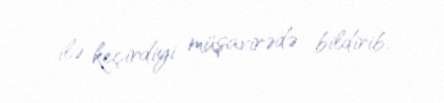
ilə keçirdiyi müşavirədə bildirib.